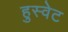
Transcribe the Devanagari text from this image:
हुस्वेट